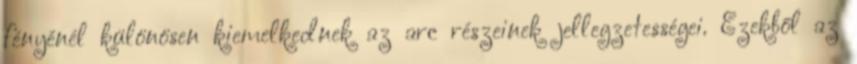
fényénél különösen kiemelkednek az arc részeinek jellegzetességei. Ezekből az